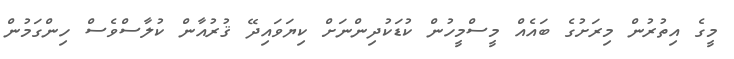
މީގެ އިތުރުން މިރަށުގެ ބައެއް މީސްމީހުން ކުޑަކުދިންނަށް ކިޔަވައިދޭ ޤުރުއާން ކުލާސްވެސް ހިންގަމުން